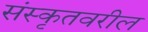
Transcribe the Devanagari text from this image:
संस्कृतवरील